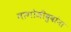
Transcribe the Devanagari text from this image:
नागोजीबुवांना